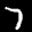
Label: 7